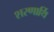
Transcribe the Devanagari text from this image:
शरणार्थि